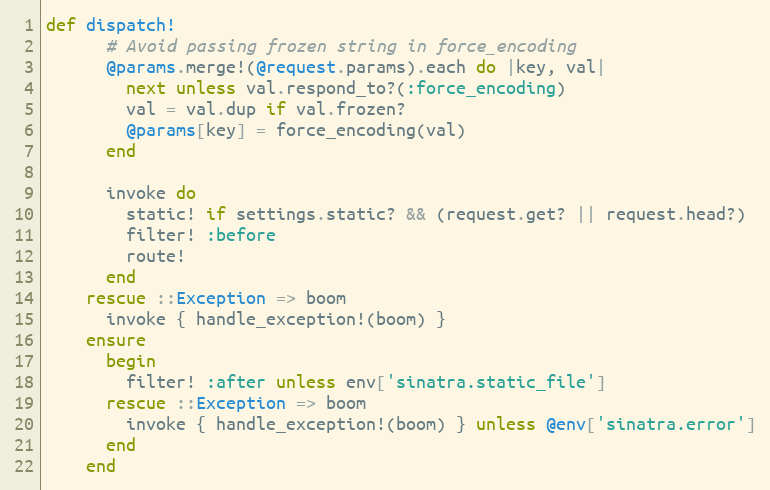
Language: Ruby
def dispatch!
      # Avoid passing frozen string in force_encoding
      @params.merge!(@request.params).each do |key, val|
        next unless val.respond_to?(:force_encoding)
        val = val.dup if val.frozen?
        @params[key] = force_encoding(val)
      end

      invoke do
        static! if settings.static? && (request.get? || request.head?)
        filter! :before
        route!
      end
    rescue ::Exception => boom
      invoke { handle_exception!(boom) }
    ensure
      begin
        filter! :after unless env['sinatra.static_file']
      rescue ::Exception => boom
        invoke { handle_exception!(boom) } unless @env['sinatra.error']
      end
    end